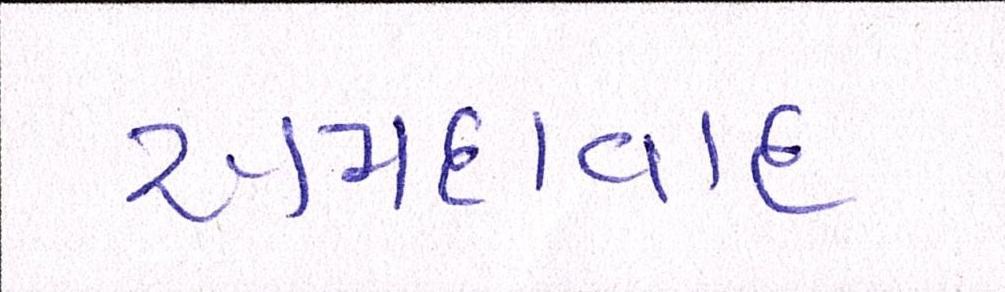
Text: અમદાવાદઃ